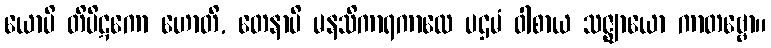
ယောပိ တိပိဋကော ဟောတိ, တေနာပိ မနသိကာရကာလေ ပဌမံ ဝါစာယ သဇ္ဈာယော ကာတဗ္ဗော။